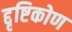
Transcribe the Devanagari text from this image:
द्दृष्टिकोण